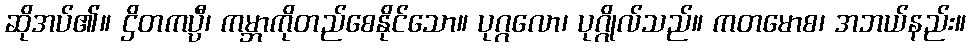
ဆိုအပ်၏။ ဌိတကပ္ပီ၊ ကမ္ဘာကိုတည်စေနိုင်သော။ ပုဂ္ဂလော၊ ပုဂ္ဂိုလ်သည်။ ကတမောစ၊ အဘယ်နည်း။